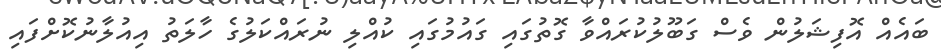
ބައެއް އޮފިޝަލުން ވެސް ގަބޫލުކުރައްވާ ގޮތުގައި ގައުމުގައި ކުއްލި ނުރައްކަލުގެ ހާލަތު އިއުލާނުކޮށްފައި